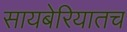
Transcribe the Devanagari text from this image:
सायबेरियातच